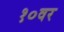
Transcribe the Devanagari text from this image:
१०वर